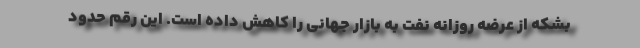
بشکه از عرضه روزانه نفت به بازار جهانی را کاهش داده است. این رقم حدود